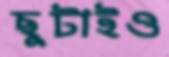
ছুটাইও